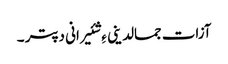
آزات جمالدینی ءِ شئیرانی دپتر ۔